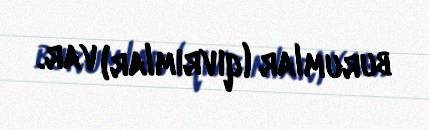
burumlar (qıvrımlar) var.